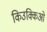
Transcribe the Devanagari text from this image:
किउक्किओ